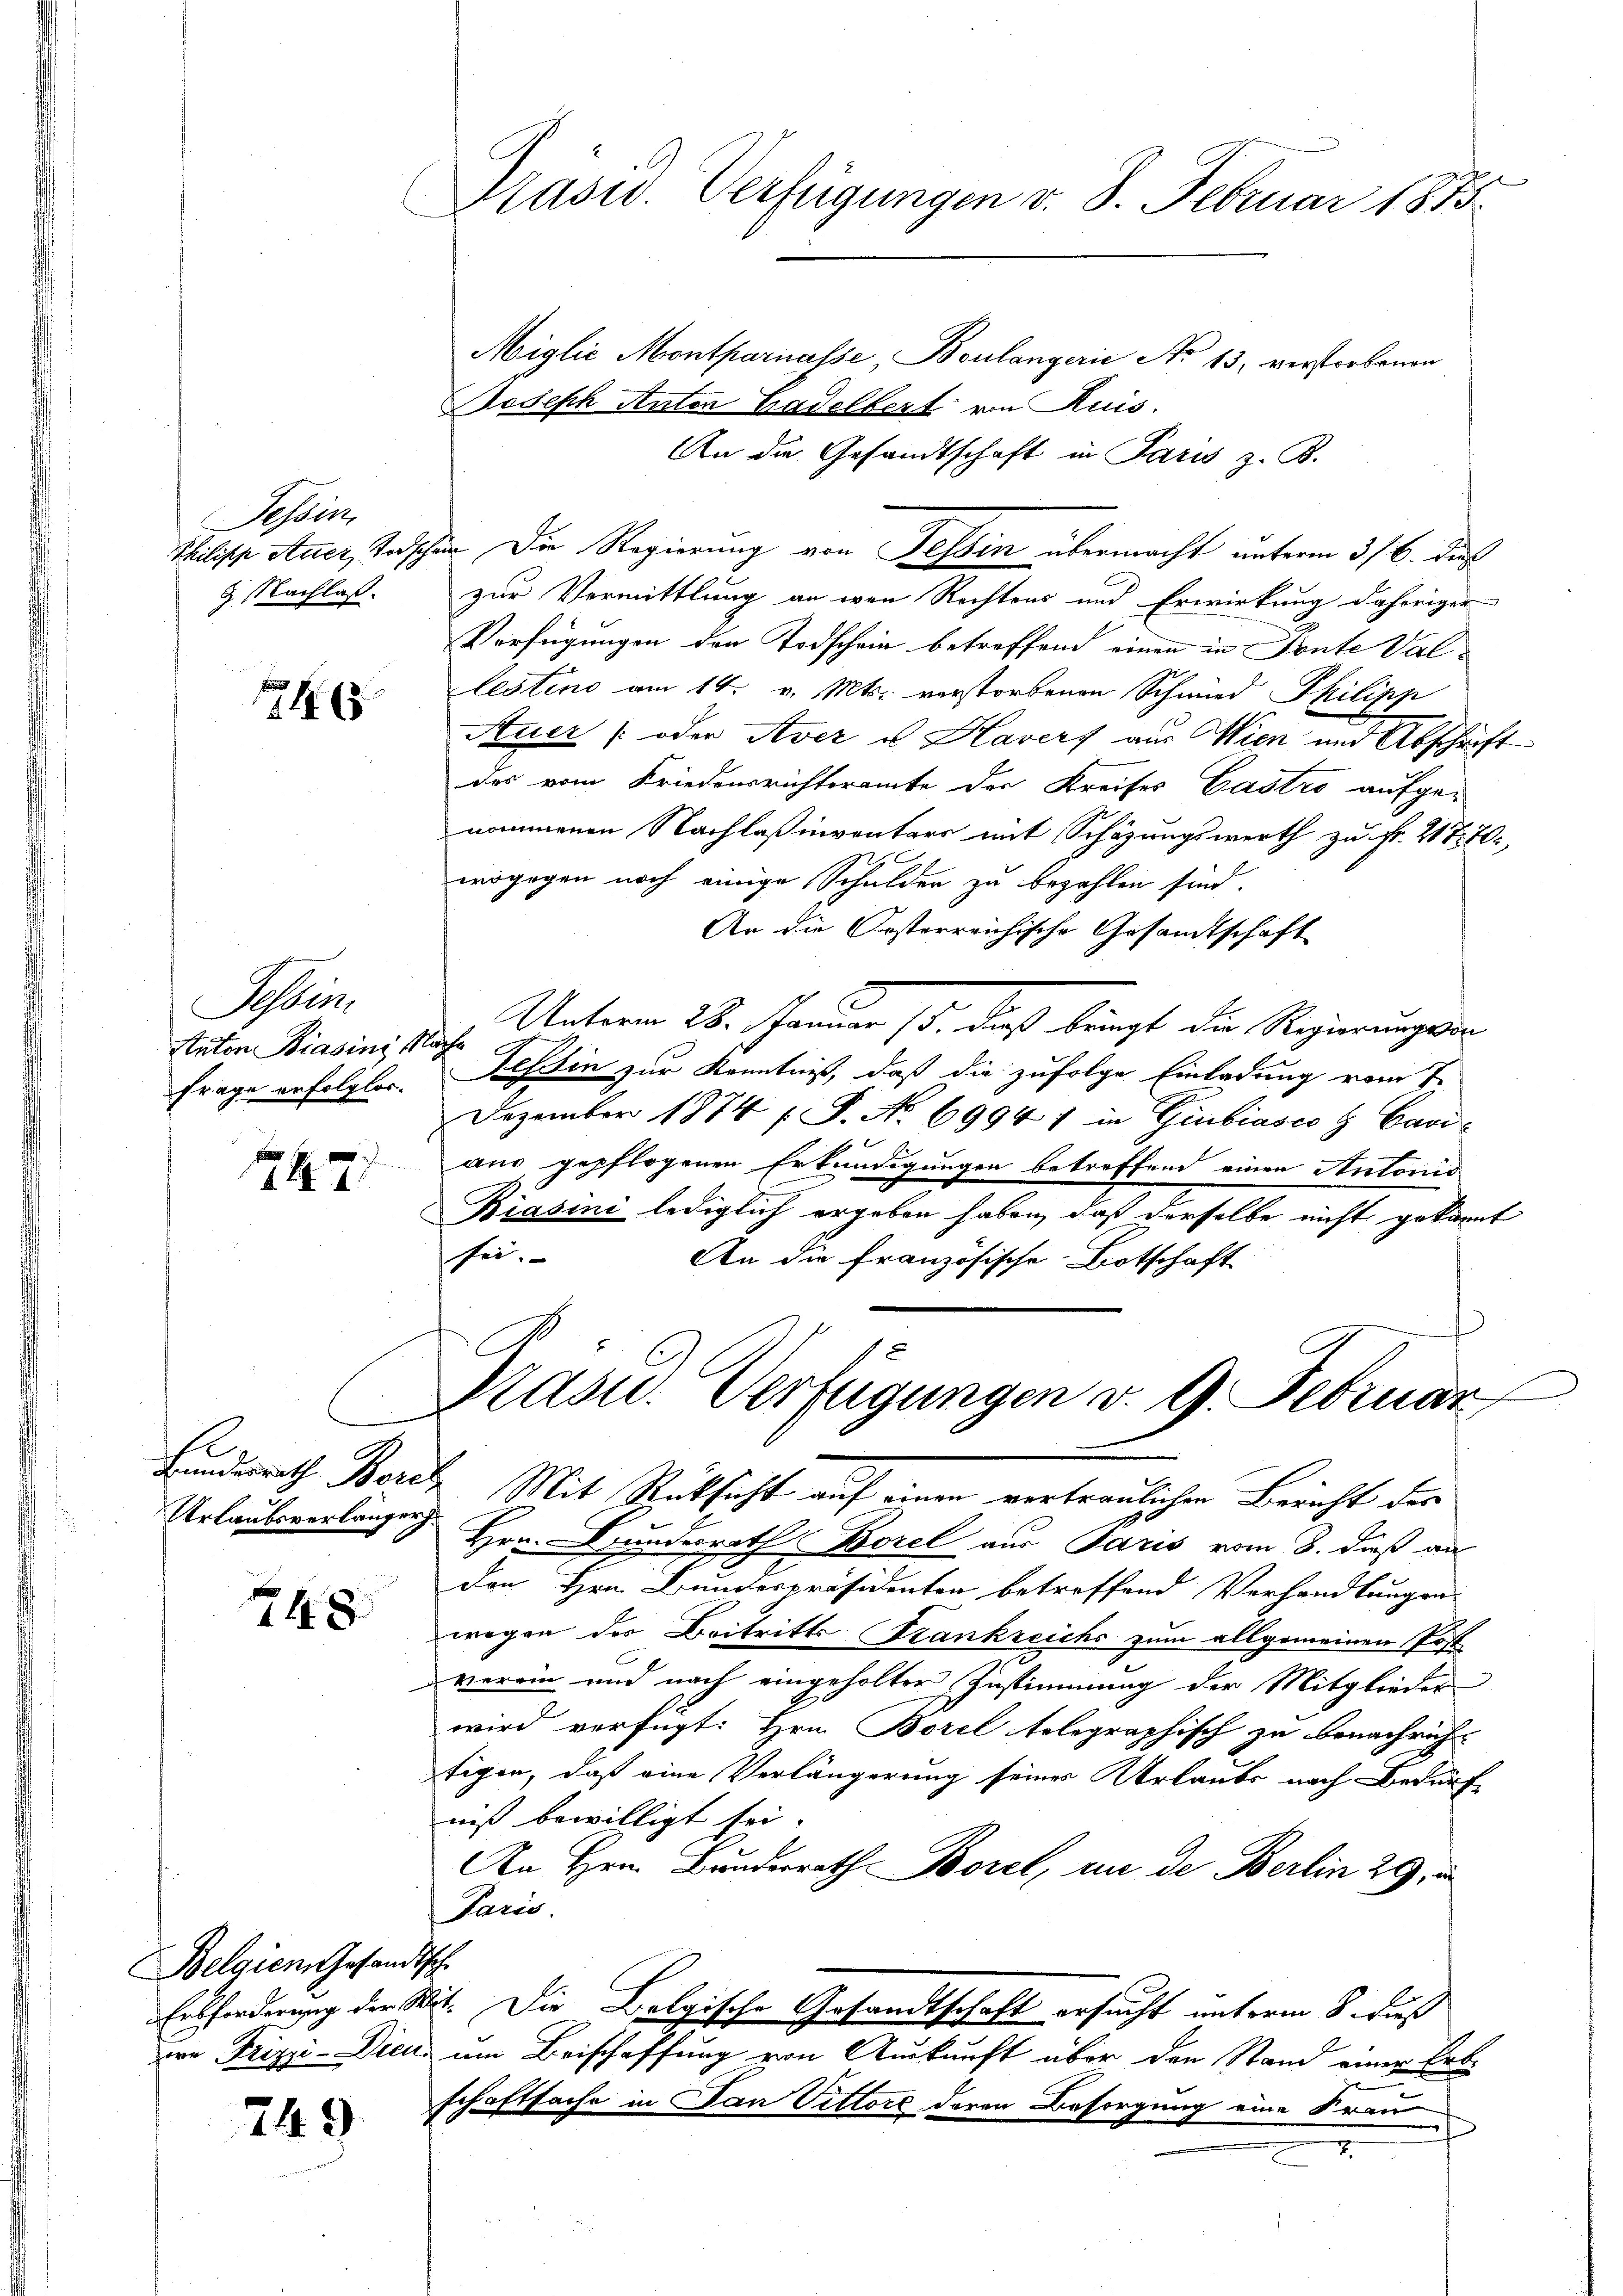
Tessin,
9 Nachlaß.

245

Au
Anton Biasini 1
Frage erfolglos.

7

Urlaubsverlängen

748

Belgien Gesandtsch

249

Präsid. Verfügungen v. 8. Februar 1875.
Miglić Montpariasse, Boulangerie No 13. verstorbenen

e

Joseph Anton Badelbert von Ruis.
An die Gesandtschaft in Paris z. B.
Philische Auer, Todscher. Die Regierung von Tessin übermacht unterm 316. daß
zur Vermittlung an wen Rechtens und Erwirkung daheriger
Verfügungen der Todschein betroffend einen in Fonte Val-
lestino am 14. v. Mts. verstorbenen Schmied Philipp
Auer (oder Aver u. Havers aus Wien und Abschrift
des vom Friedensrichteramte der Kreises Castro aufge-
nommenen Nachlaßinventars mit Schazungswerth zu Fr. 21770,
x
wogegen noch einige Schulden zu bezahlen sind.
An die Oesterreichische Gesandtschaft
Unterm 28. Januar 18. dieß bringt die Regierungsan
ah
Tessin zur Kenntniß, daß die zufolge Einladung vom 1.
Dezember 1874 (S. No 6994 / in Giubiasco H Cavi-
aus, gepflogenen Erkundigungen betreffend einen Antonis
Biasini lediglich ergeben haben, daß derselbe nicht gekannt
sei.
An die Französische Botschaft
Präsid.. Verfügungen v. 9. Februar
Bundesrath Berch Mit Rücksicht auf einen vertraulichen Bericht der
2
Hrn. Kunderrath Borel aus Paris vom 8. dieß au
den Hrn. Bundespräsidenten betreffend Verhandlungen
wegen des Beitritts Frankreichs zum allgemeinen Post
verein und nach eingeholter Zustimmung der Mitglieder
wird verfügt: Hrn. Borel telegraphisch zu benachricht
tigen, daß eine Verlängerung seiner Urlaubs nach Bedürf
niß bewilligt sei.
An Hrn. Bunderrath Borel, aus de Berlin 29, u
Paris.
Ensforderung der Wit. Die Belgische Gesandtschaft ersucht unterm 8. dieß
wo Frizzi-Diens um Beischaffung von Auskunft über den Stand einer Erbschaftsache in Jan Vittore deren Besorgung eine Frau
7.